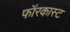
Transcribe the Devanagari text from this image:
फॉरकास्ट